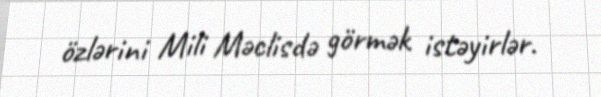
özlərini Mili Məclisdə görmək istəyirlər.